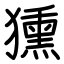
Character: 獯